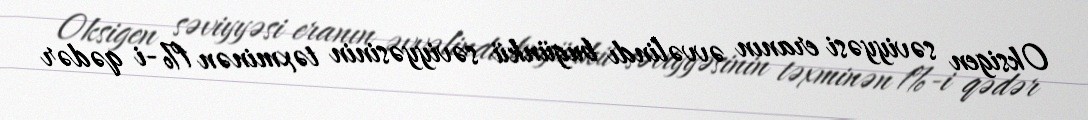
Oksigen səviyyəsi eranın əvvəlindı bugünkü səviyyəsinin təxminən 1%-i qədər